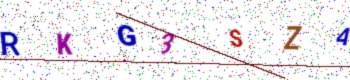
Text: RKG3SZA